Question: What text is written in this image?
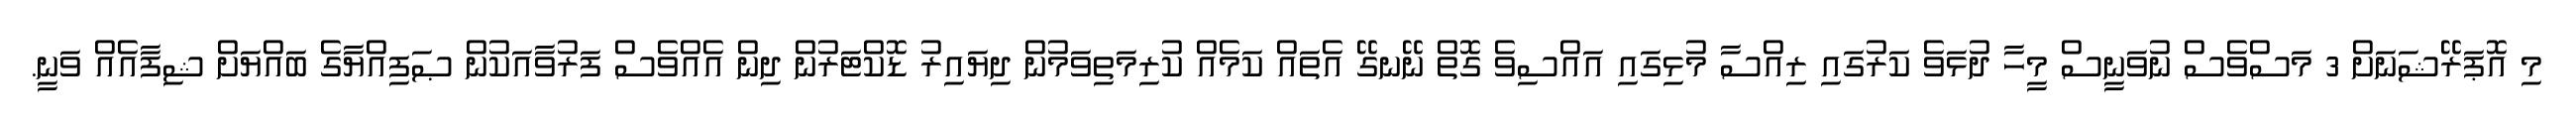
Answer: މި އޮޕަރޭޝަނަށް 3 މަސްވެސް ނުވަނީސް މީހާ ދުޅަވެ ކަރުގައި ރިއްސާ މުޅިގައި އައްސިވެ ގޮތް ނޭނގޭ އެތައް ކަމެއް ކުރިމަތިވަމުން ދިޔައިރު ޑޮކްޓަރުން ދިން އެއްވެސް ފަރުވާއަކުން ޞަފިއްޔާގެ ބައްޔަށް ޝިފާއެއް ވަނީ.